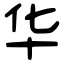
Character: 华